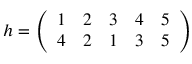
h = { \left( \begin{array} { l l l l l } { 1 } & { 2 } & { 3 } & { 4 } & { 5 } \\ { 4 } & { 2 } & { 1 } & { 3 } & { 5 } \end{array} \right) }